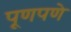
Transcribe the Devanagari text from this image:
पूणपणे